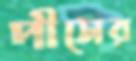
পীসের